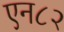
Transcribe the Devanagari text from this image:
एन८२